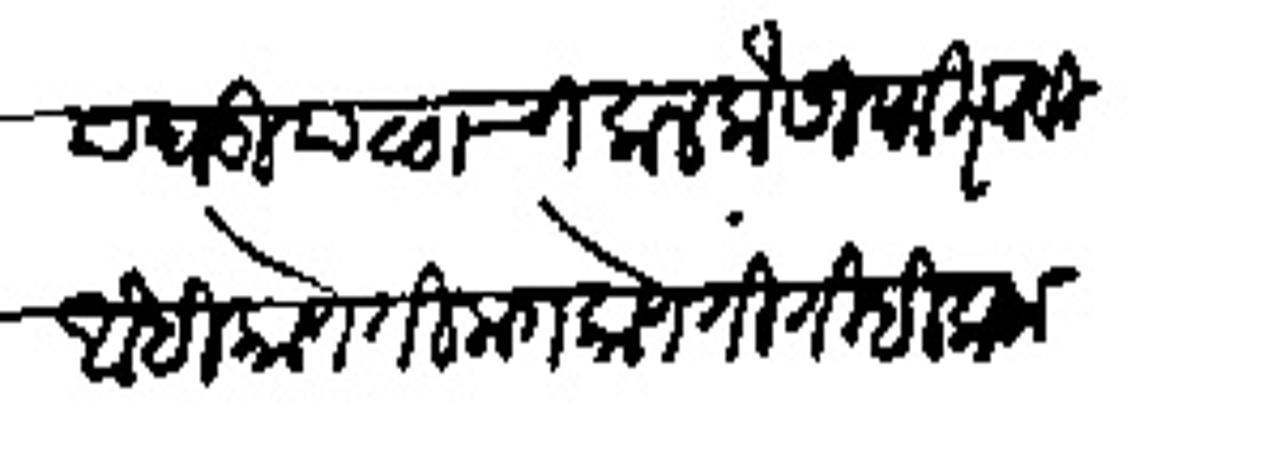
Transliteration (Devanagari): या घडियाळाची कल कंसी फिरववी आधी कोणती मग कोणती तीही कला